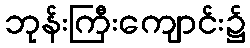
ဘုန်းကြီးကျောင်း၌